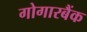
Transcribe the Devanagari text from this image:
गोगारबैंक